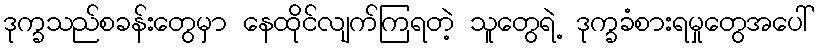
ဒုက္ခသည်စခန်းတွေမှာ နေထိုင်လျက်ကြရတဲ့ သူတွေရဲ့ ဒုက္ခခံစားရမှုတွေအပေါ်